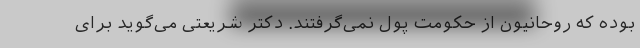
بوده که روحانیون از حکومت پول نمی‌گرفتند. دکتر شریعتی می‌گوید برای